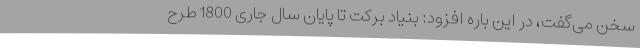
سخن می‌گفت، در این باره افزود: بنیاد برکت تا پایان سال جاری 1800 طرح